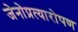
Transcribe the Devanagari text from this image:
जेनोप्रत्यारोपण